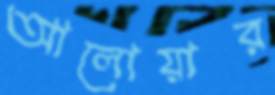
আলোয়ার